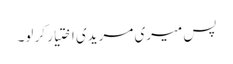
پس میری مریدی اختیار کر لو۔